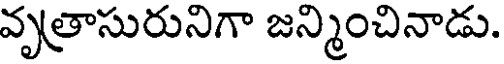
వృత్రాసురునిగా జన్మించినాడు.